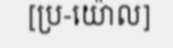
[ប្រ-យ៉ោល]